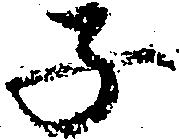
子